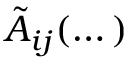
\tilde { A } _ { i j } ( \dots )